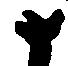
十